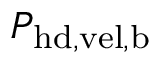
P _ { \mathrm { h d , v e l , b } }